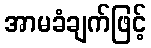
အာမခံချက်ဖြင့်